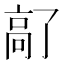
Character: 𫘵